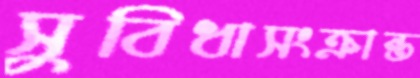
সুবিধাসংক্রান্ত